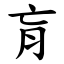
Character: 肓